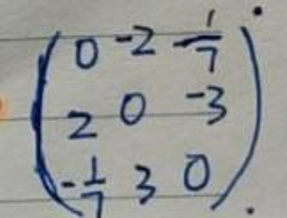
\[
\begin{pmatrix}
0 & -2 & \frac{1}{7} \\
2 & 0 & -3 \\
-\frac{1}{7} & 3 & 0
\end{pmatrix}
\]